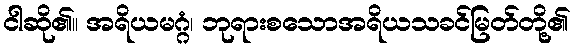
ငါဆို၏။ အရိယမဂ္ဂံ၊ ဘုရားစသောအရိယသခင်မြတ်တို့၏